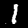
Digit: 1